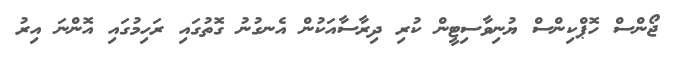
ޖޯންސް ހޮޕްކިންސް ޔުނިވާސިޓީން ކުރި ދިރާސާއަކުން އެނގުނު ގޮތުގައި ރަހިމުގައި އޮންނަ އިރު